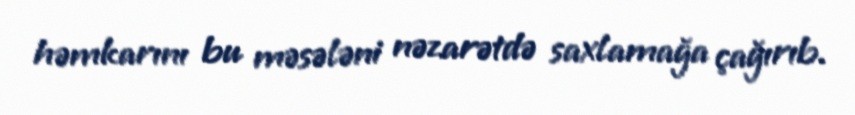
həmkarını bu məsələni nəzarətdə saxlamağa çağırıb.